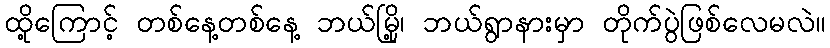
ထို့ကြောင့် တစ်နေ့တစ်နေ့ ဘယ်မြို့၊ ဘယ်ရွာနားမှာ တိုက်ပွဲဖြစ်လေမလဲ။